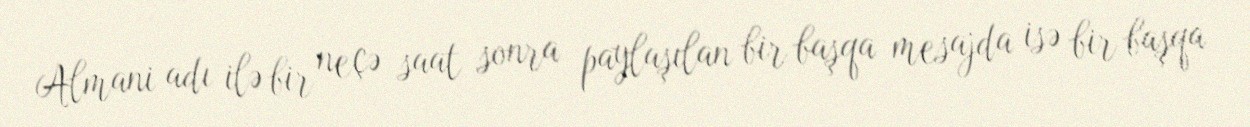
Almani adı ilə bir neçə saat sonra paylaşılan bir başqa mesajda isə bir başqa